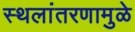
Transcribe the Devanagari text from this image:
स्थलांतरणामुळे